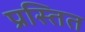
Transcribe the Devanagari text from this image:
प्रस्तित